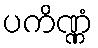
ပကိဏ္ဏံ